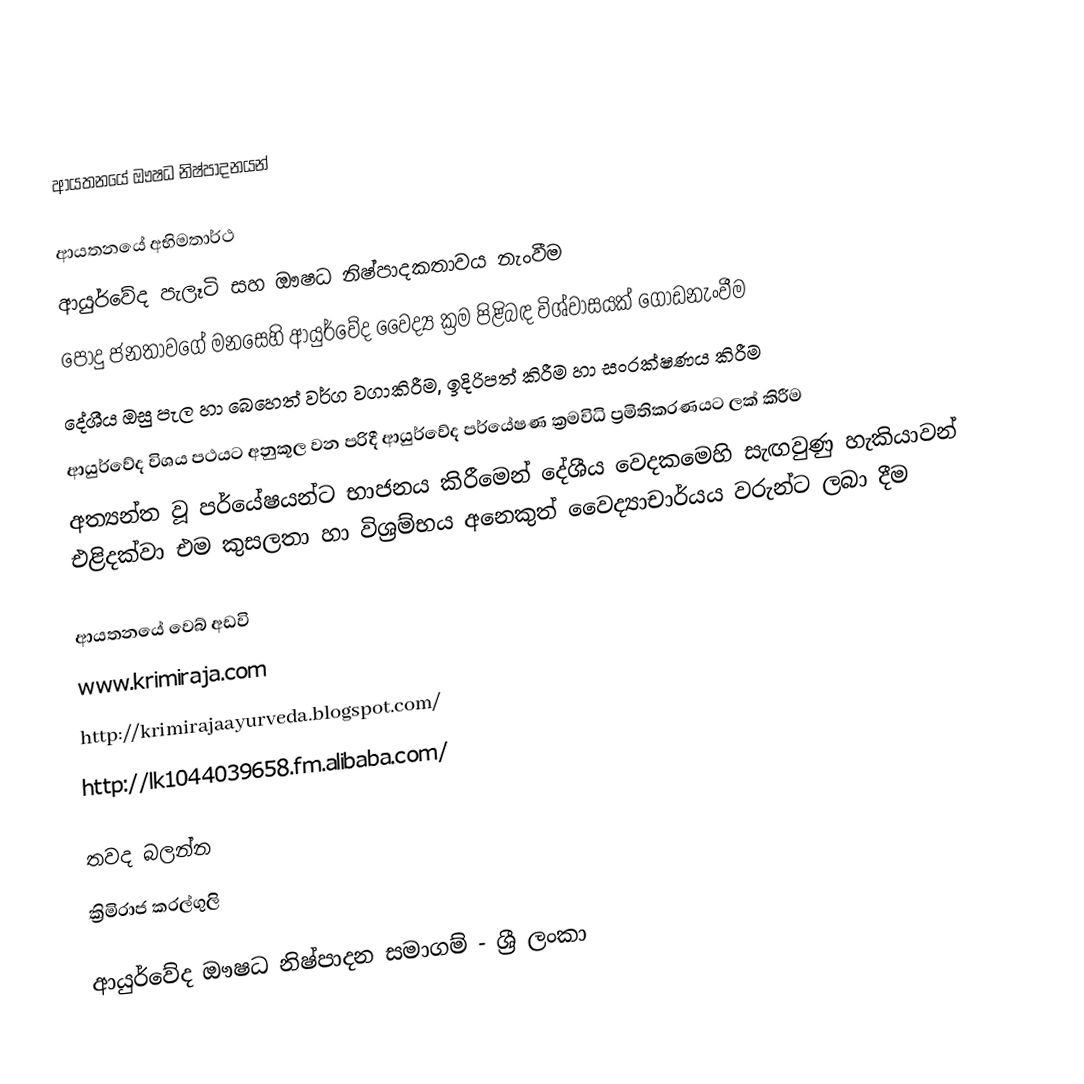

ආයතනයේ ඖෂධ නිෂ්පාදනයන්

ආයතනයේ අභිමතාර්ථ
ආයුර්වේද පැලෑටි සහ ඖෂධ නිෂ්පාදකතාවය නැංවීම
පොදු ජනතාවගේ මනසෙහි ආයුර්වේද වෛද්‍ය ක්‍රම පිළිබඳ විශ්වාසයක් ගොඩනැංවීම
දේශීය ඔසු පැල හා බෙහෙත් වර්ග වගාකිරීම, ඉදිරිපත් කිරීම හා සංරක්ෂණය කිරීම
ආයුර්වේද විශය පථයට අනුකූල වන පරිදී ආයුර්වේද පර්යේෂණ ක්‍රමවිධි ප්‍රමිතිකරණයට ලක් කිරීම
අත්‍යන්ත වූ පර්යේෂයන්ට භාජනය කිරීමෙන් දේශීය වෙදකමෙහි සැඟවුණු හැකියාවන් එළිදක්වා එම කුසලතා හා විශ්‍රම්භය අනෙකුත් වෛද්‍යාචාර්යය වරුන්ට ලබා දීම

ආයතනයේ වෙබ් අඩවි
www.krimiraja.com
http://krimirajaayurveda.blogspot.com/
http://lk1044039658.fm.alibaba.com/

තවද බලන්න
 ක්‍රිමිරාජ කරල්ගුලි

 ආයුර්වේද ඖෂධ නිෂ්පාදන සමාගම් - ශ්‍රී ලංකා